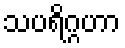
သပရိဂ္ဂဟာ